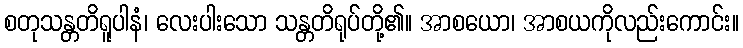
စတုသန္တတိရူပါနံ၊ လေးပါးသော သန္တတိရုပ်တို့၏။ အာစယော၊ အာစယကိုလည်းကောင်း။